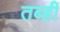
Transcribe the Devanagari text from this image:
तब्हीं